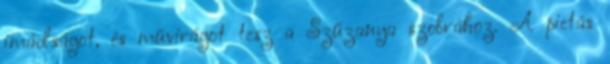
imádságot, és művirágot tesz a Szűzanya szobrához. A pietás